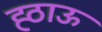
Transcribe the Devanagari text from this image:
ह्ठाऊ